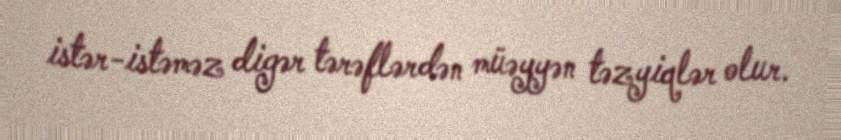
istər-istəməz digər tərəflərdən müəyyən təzyiqlər olur.